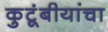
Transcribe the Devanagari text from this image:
कुटूंबीयांचा